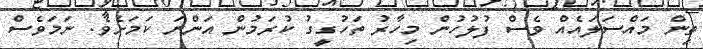
ތިން މައްސަލައެއް ވެސް ފުލުހުން މިހާރު ތަހުގީގު ކުރަމުން އަންނަ ކަމަށެވެ. ނަމަވެސް